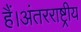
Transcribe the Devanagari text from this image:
हैं।अंतरराष्ट्रीय